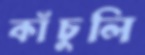
কাঁচুলি